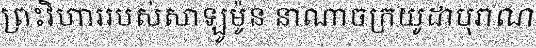
ព្រះវិហាររបស់សាឡូម៉ូន នាណាចក្រយូដាបុរាណ